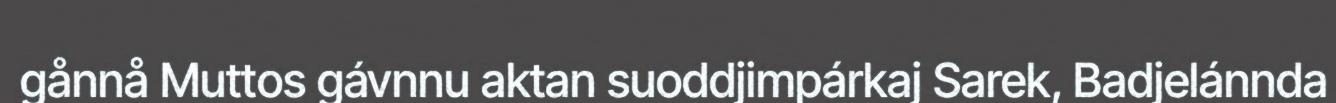
gånnå Muttos gávnnu aktan suoddjimpárkaj Sarek, Badjelánnda